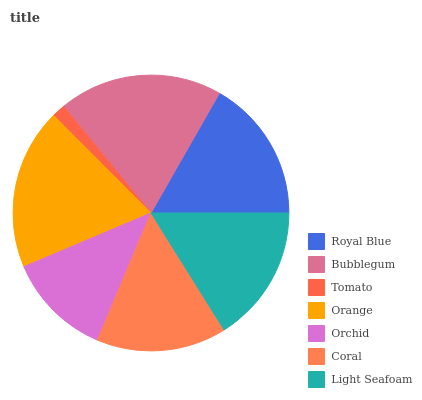
| Royal Blue | Bubblegum | Tomato | Orange | Orchid | Coral | Light Seafoam |
 | --- | --- | --- | --- | --- | --- | --- |
 | 16.7% | 19.2% | 1.55% | 18.9% | 12.3% | 15.2% | 16.1% |